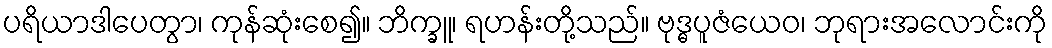
ပရိယာဒါပေတွာ၊ ကုန်ဆုံးစေ၍။ ဘိက္ခူ၊ ရဟန်းတို့သည်။ ဗုဒ္ဓပူဇံယေဝ၊ ဘုရားအလောင်းကို